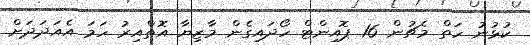
ކުޅުނު ހަތް މެޗުން 16 ޕޮއިންޓް ހޯދައިގެން މާޒިޔާ އޮތްއިރު ހަމަ އެއަދަދަށް